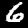
Label: 6